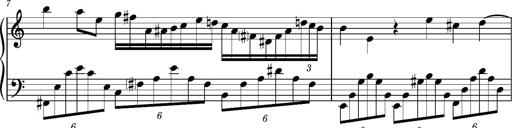
Title: Notturno
Composer: Lucas Trevizan